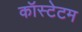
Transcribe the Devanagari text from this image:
कॉस्टेटम